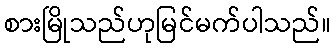
စားမြိုသည်ဟုမြင်မက်ပါသည်။